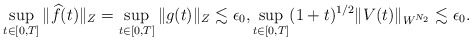
\begin{align*}\sup_{t\in[0,T]} \| \widehat{f}(t)\|_{Z} =\sup_{t\in[0,T]} \| g (t)\|_{Z} \lesssim \epsilon_0, \sup_{t\in[0,T]} (1+t)^{1/2} \| V(t)\|_{W^{N_2}} \lesssim \epsilon_0.\end{align*}